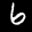
Label: 6